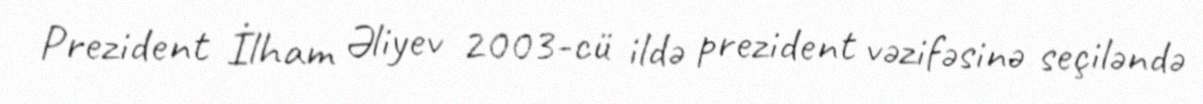
Prezident İlham Əliyev 2003-cü ildə prezident vəzifəsinə seçiləndə